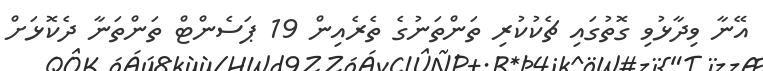
އޭނާ ވިދާޅުވި ގޮތުގައި ޗެކުކުރި ތަންތަނުގެ ތެރެއިން 19 ޕަސެންޓް ތަންތަނާ ދެކޮޅަށް